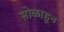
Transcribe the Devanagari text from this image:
सोळाहून